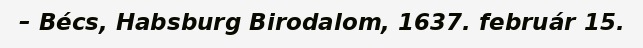
– Bécs, Habsburg Birodalom, 1637. február 15.